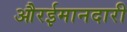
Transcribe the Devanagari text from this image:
औरईमानदारी